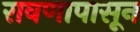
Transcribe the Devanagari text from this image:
रावणापासून